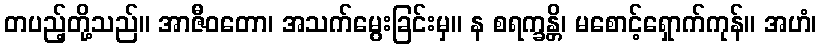
တပည့်တို့သည်။ အာဇီဝတော၊ အသက်မွေးခြင်းမှ။ န စရက္ခန္တိ၊ မစောင့်ရှောက်ကုန်။ အဟံ၊